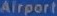
Airport